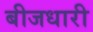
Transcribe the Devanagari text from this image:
बीजधारी